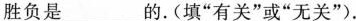
胜负是___的.(填”有关”或”无关”).